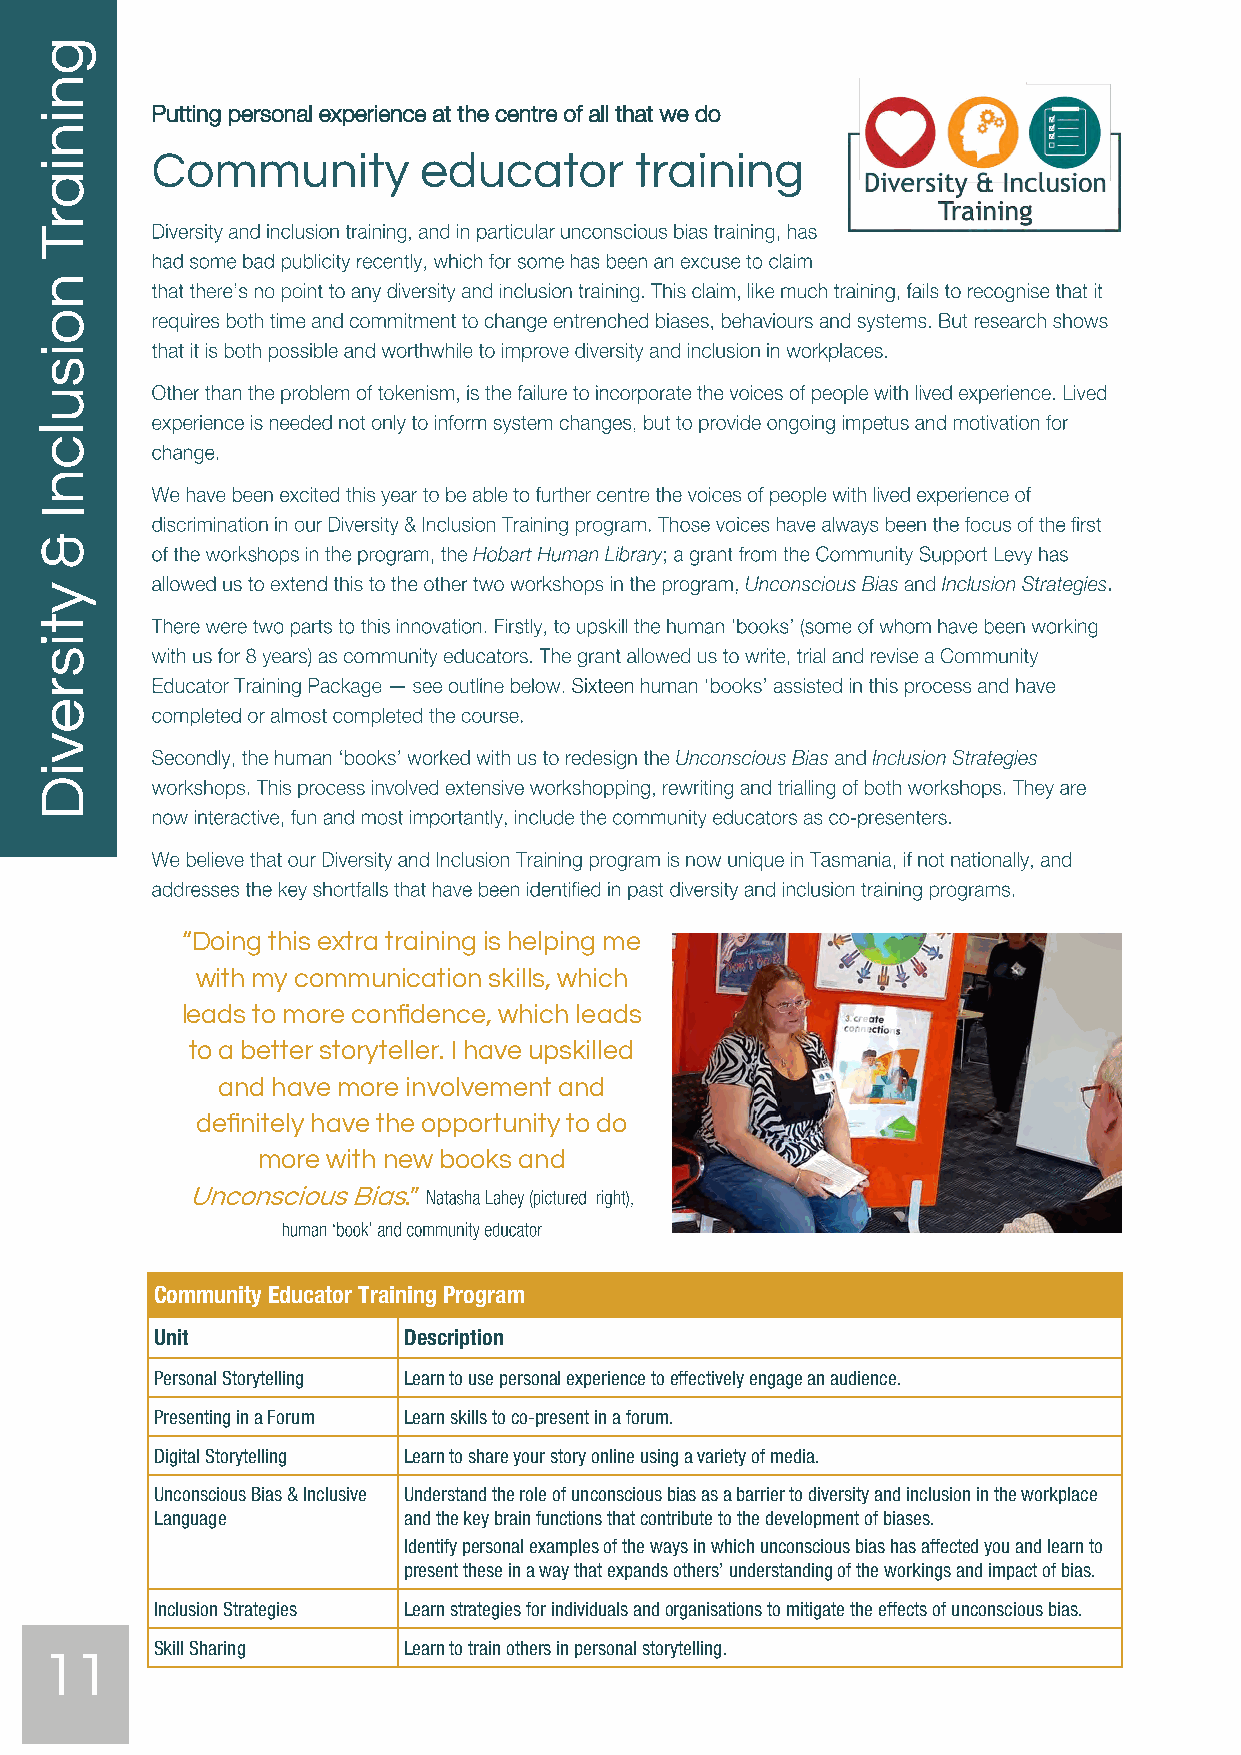
Putting personal experience at the centre of all that we do
 Community         educator      training
 “Doing this extra training is helping me
 with my communication skills, which
 leads to more confidence, which leads
 to a better storyteller. I have upskilled
 and have more involvement and
 definitely have the opportunity to do
 more with new books and
 Unconscious Bias.”
 Community Educator Training Program
 Unit             Description
 Personal Storytelling Learn to use personal experience to effectively engage an audience.
 Presenting in a Forum Learn skills to co-present in a forum.
 Digital Storytelling Learn to share your story online using a variety of media.
 Unconscious Bias & Inclusive Understand the role of unconscious bias as a barrier to diversity and inclusion in the workplace
 Language         and the key brain functions that contribute to the development of biases.
 Identify personal examples of the ways in which unconscious bias has affected you and learn to
 present these in a way that expands others’ understanding of the workings and impact of bias.
 Inclusion Strategies Learn strategies for individuals and organisations to mitigate the effects of unconscious bias.
 11     Skill Sharing    Learn to train others in personal storytelling.
 gniniarT
 noisulcnI
 &
 ytisreviD